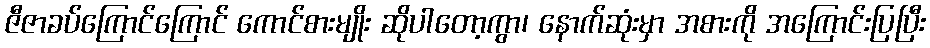
ဇီဇာခပ်ကြောင်ကြောင် ကောင်စားမျိုး ဆိုပါတော့ကွာ၊ နောက်ဆုံးမှာ အစားကို အကြောင်းပြပြီး